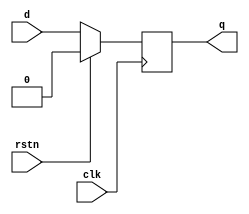
`timescale 1ns / 1ps
//////////////////////////////////////////////////////////////////////////////////
// Company: 
// Engineer: 
// 
// Design Name: 
// Module Name: D_Flipflop
// Project Name: 
// Target Devices: 
// Tool Versions: 
// Description: 
// 
// Dependencies: 
// 
// Revision:
// Revision 0.01 - File Created
// Additional Comments:
// 
//////////////////////////////////////////////////////////////////////////////////


module D_ff_sync(d, rstn, clk, q); //sync
    input d;
    input rstn;
    input clk;
    output reg q;
    
    always @ (posedge clk)
    if (rstn)
    q <= 0;
    else
    q <= d;
endmodule


module D_ff_async(d, rstn, clk, q); //async
    input d;
    input rstn;
    input clk;
    output reg q;
    
    always @ (posedge clk or negedge rstn)
    if (!rstn)
    q <= 0;
    else
    q <= d;
endmodule